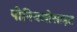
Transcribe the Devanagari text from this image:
पीनियलोसाइट